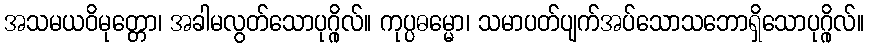
အသမယဝိမုတ္တော၊ အခါမလွတ်သောပုဂ္ဂိုလ်။ ကုပ္ပဓမ္မော၊ သမာပတ်ပျက်အပ်သောသဘောရှိသောပုဂ္ဂိုလ်။